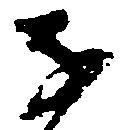
子